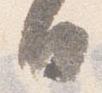
日